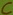
Text: C